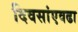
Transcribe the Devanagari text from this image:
दिवसांएवढा